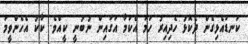
ކަނޑައެޅިގެން ދެކޮޅު ހެދިއިރު ހަމަ އެކަމާ އަގައިން ނުބުނީ ކީއްވެ. ކާކު އެހެންވީމަ